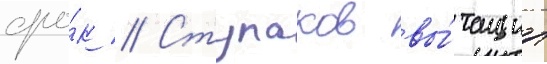
сро́к // Ступаков вы́тащил